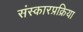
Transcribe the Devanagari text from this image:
संस्कारप्रक्रिया